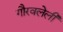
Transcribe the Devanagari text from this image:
गौरवलेली